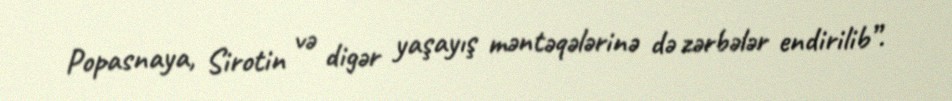
Popasnaya, Sirotin və digər yaşayış məntəqələrinə də zərbələr endirilib”.